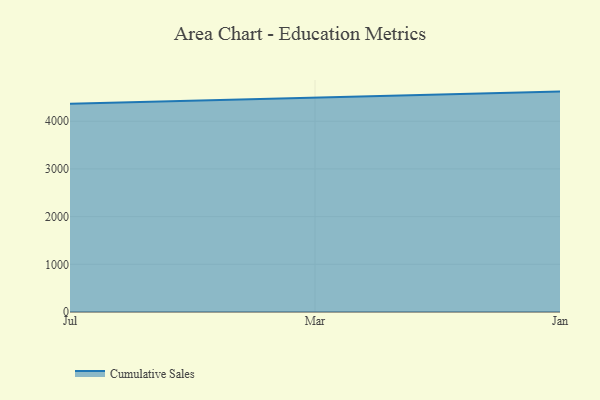
{"axis": {"x": "Month", "y": "Latency (ms)"}, "legend": ["Cumulative Sales"], "data": [{"x": "Jul", "y": 4366.8, "type": "Cumulative Sales"}, {"x": "Mar", "y": 4500.6, "type": "Cumulative Sales"}, {"x": "Jan", "y": 4621.4, "type": "Cumulative Sales"}]}